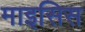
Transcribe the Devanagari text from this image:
माइसिस